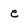
Character: e